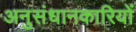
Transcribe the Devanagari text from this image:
अनुसंधानकारियों